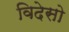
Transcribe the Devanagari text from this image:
विदेसो